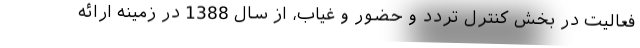
فعالیت در بخش کنترل تردد و حضور و غیاب، از سال 1388 در زمینه ارائه